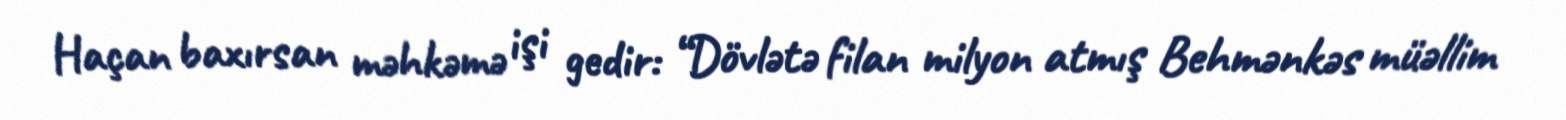
Haçan baxırsan məhkəmə işi gedir: “Dövlətə filan milyon atmış Behmənkəs müəllim